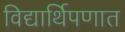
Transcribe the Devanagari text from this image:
विद्यार्थिपणात